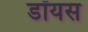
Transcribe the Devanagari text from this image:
डॉयस